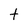
Character: t